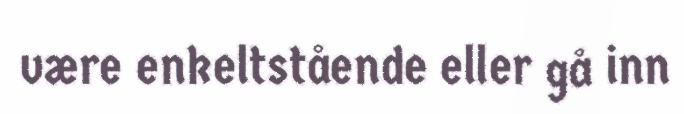
være enkeltstående eller gå inn